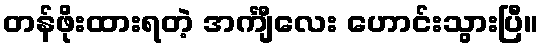
တန်ဖိုးထားရတဲ့ အင်္ကျီလေး ဟောင်းသွားပြီ။